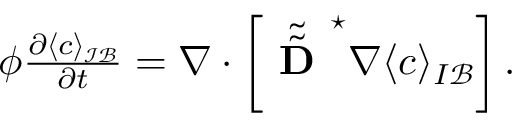
\begin{array} { r } { \phi \frac { \partial \langle c \rangle _ { \mathcal { I B } } } { \partial t } = \nabla \cdot \left[ \tilde { \tilde { \textbf { D } } } ^ { \star } \nabla \langle c \rangle _ { I \mathcal B } \right] . } \end{array}